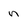
Character: n